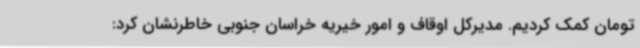
تومان کمک کردیم. مدیرکل اوقاف و امور خیریه خراسان جنوبی خاطرنشان کرد: